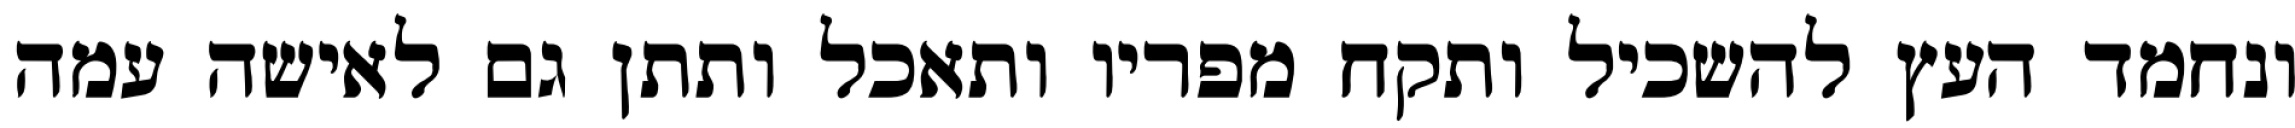
ונחמד העץ להשכיל ותקח מפריו ותאכל ותתן גם לאישה עמה